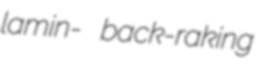
lamin- back-raking